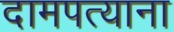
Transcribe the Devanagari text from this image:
दामपत्याना